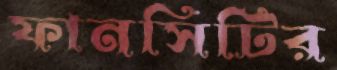
ফানসিটির